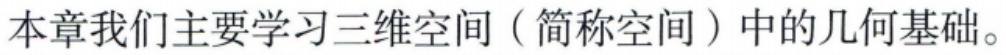
本章我们主要学习三维空间（简称空间）中的几何基础。